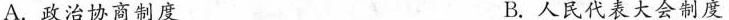
A.政治协商制度 B.人民代表大会制度